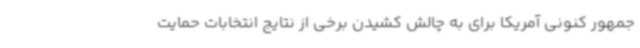
جمهور کنونی آمریکا برای به چالش کشیدن برخی از نتایج انتخابات حمایت